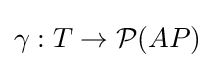
\gamma :T\to {\mathcal {P}}(AP)